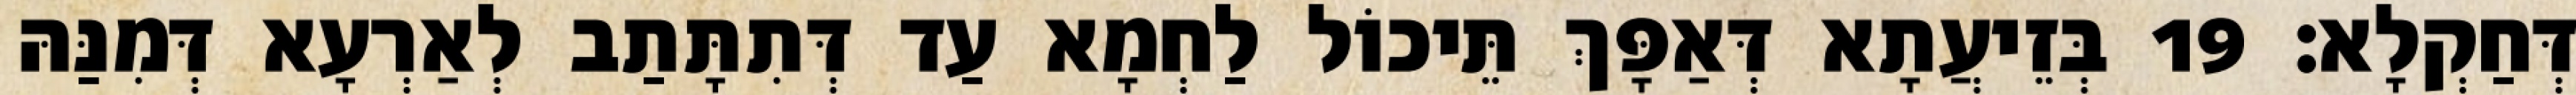
דְּחַקְלָא׃ 19 בְּזֵיעֲתָא דְּאַפָּךְ תֵּיכוֹל לַחְמָא עַד דְּתִתָּתַב לְאַרְעָא דְּמִנַּהּ